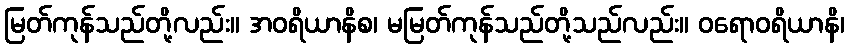
မြတ်ကုန်သည်တို့လည်း။ အဝရိယာနိစ၊ မမြတ်ကုန်သည်တို့သည်လည်း။ ဝရောဝရိယာနိ၊